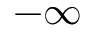
- \infty